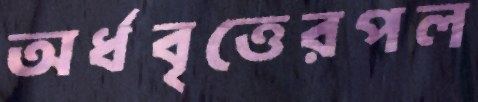
অর্ধবৃত্তেরপল